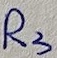
Text: R3